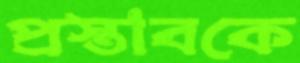
প্রস্তাবকে